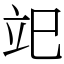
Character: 䇃